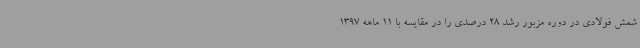
شمش فولادی در دوره مزبور رشد 28 درصدی را در مقایسه با 11 ماهه 1397